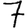
Digit: 7